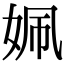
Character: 姵